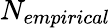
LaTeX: N_{empirical}